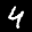
Label: 4